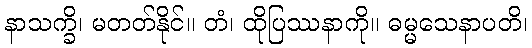
နာသက္ခိ၊ မတတ်နိုင်။ တံ၊ ထိုပြဿနာကို။ ဓမ္မသေနာပတိ၊